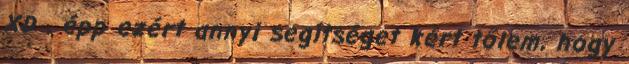
XD , épp ezért annyi segítséget kért tőlem, hogy